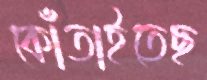
কোঁতাইতেছ